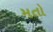
મતો